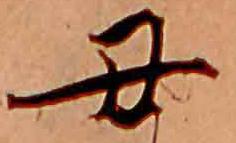
丑